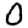
Digit: 0